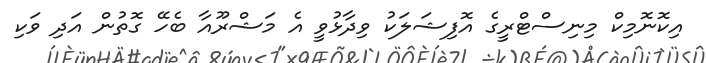
އިކޮނޮމިކް މިނިސްޓްރީގެ އޮފިޝަލަކު ވިދާޅުވީ އެ މަޝްރޫއާ ބެހޭ ގޮތުން އަދި ވަކި